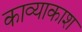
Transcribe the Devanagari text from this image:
काव्याकाश